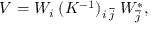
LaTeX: V = W _ { i } \; ( K ^ { - 1 } ) _ { i \; \overline { { { j } } } } \; W _ { \overline { { { j } } } } ^ { * } ,